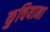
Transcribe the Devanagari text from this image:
कुचियाना